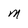
Character: m